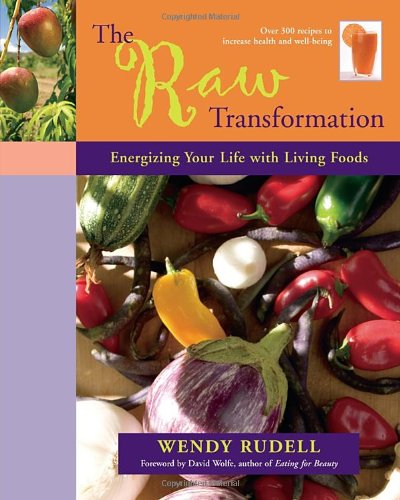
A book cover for The Raw Transformation: Energizing Your Life with Living Foods; Wendy Rudell; Cookbooks, Food & Wine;